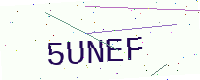
Text: 5UNEF